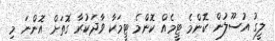
ލީގު އުސޫލުން ކޮންމެ ޓީމެއް ކޮންމެ ޓީމަކާ ވާދަކުރާ ގޮތަށް އޮންނަ މި